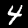
Digit: 4